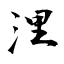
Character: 浬